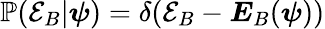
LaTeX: \mathbb{P}(\mathcal{E}_{B}|\boldsymbol{\psi})=\delta(\mathcal{E}_{B}-\boldsymbol{E}_{B}(\boldsymbol{\psi}))